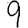
Digit: 9